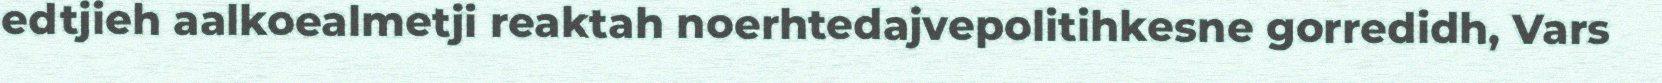
edtjieh aalkoealmetji reaktah noerhtedajvepolitihkesne gorredidh, Vars